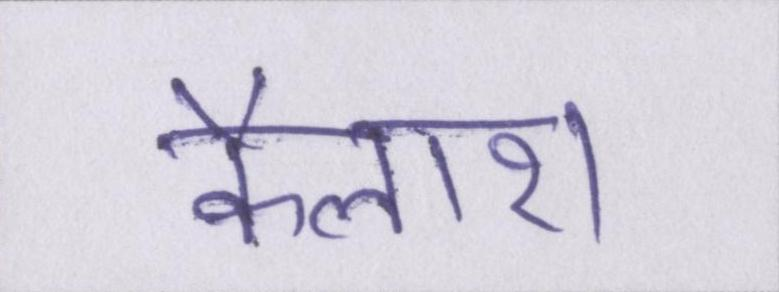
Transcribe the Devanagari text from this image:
कैलाश